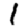
Digit: 1